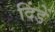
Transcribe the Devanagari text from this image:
दिंडें